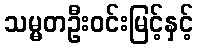
သမ္မတဦးဝင်းမြင့်နှင့်